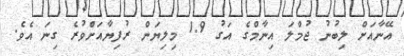
އޭނާއަށް ލިބުނު ޖުމްލަ އިނާމްގެ އަގު 1.9 މިލިޔަން ރުފިޔާއަށްވުރެ ގިނަ އެވެ.